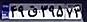
۴۹ق۳۹۵۷۳